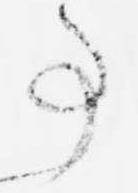
事